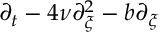
\partial _ { t } - 4 \nu \partial _ { \xi } ^ { 2 } - b \partial _ { \xi }